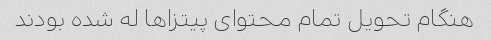
هنگام تحویل تمام محتوای پیتزاها له شده بودند